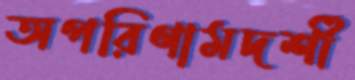
অপরিণামদর্শী